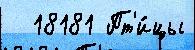
  18181 Пт'и́цы